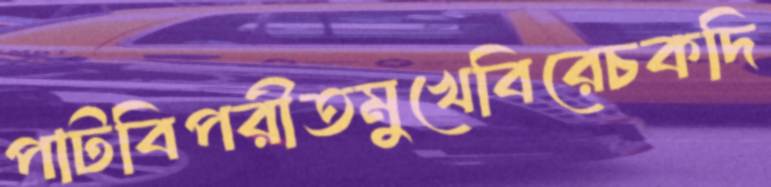
পাটবিপরীতমুখেবিরেচকদি